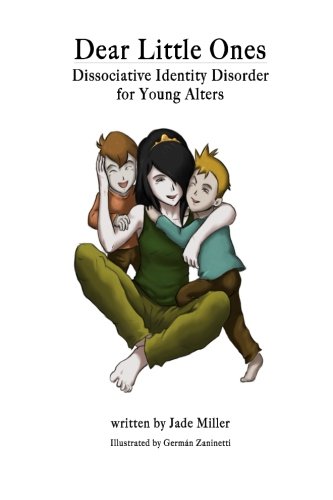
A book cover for Dear Little Ones: A book about Dissociative Identity Disorder for young alters; Jade Miller; Health, Fitness & Dieting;